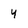
Character: y